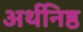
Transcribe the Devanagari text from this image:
अर्थनिष्ठ